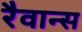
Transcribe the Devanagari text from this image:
रैवान्स